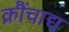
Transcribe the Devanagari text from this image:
क्रौंचाद्य